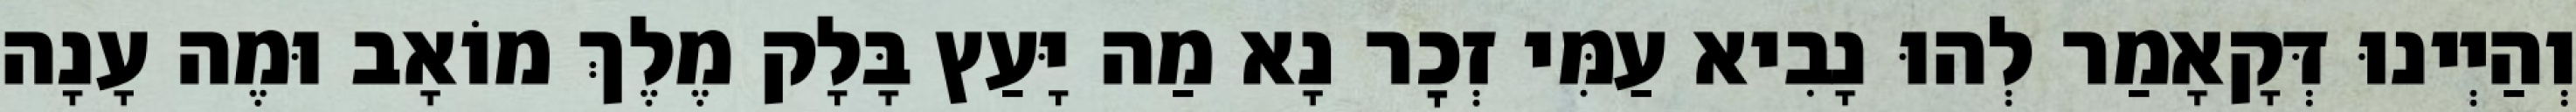
וְהַיְינוּ דְּקָאָמַר לְהוּ נָבִיא עַמִּי זְכׇר נָא מַה יָּעַץ בָּלָק מֶלֶךְ מוֹאָב וּמֶה עָנָה